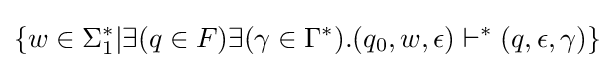
\{w\in \Sigma _{1}^{*}|\exists (q\in F)\exists (\gamma \in \Gamma ^{*}).(q_{0},w,\epsilon )\vdash ^{*}(q,\epsilon ,\gamma )\}